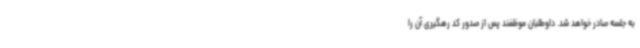
به جلسه صادر خواهد شد. داوطلبان موظفند پس از صدور کد رهگیری آن را